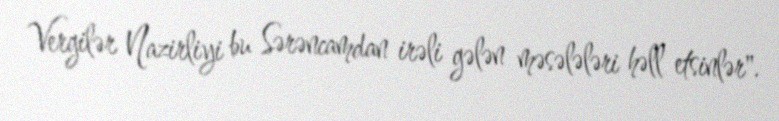
Vergilər Nazirliyi bu Sərəncamdan irəli gələn məsələləri həll etsinlər".